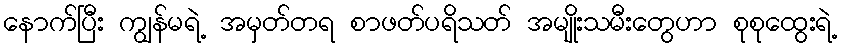
နောက်ပြီး ကျွန်မရဲ့ အမှတ်တရ စာဖတ်ပရိသတ် အမျိုးသမီးတွေဟာ စုစုထွေးရဲ့